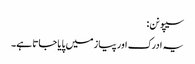
سیپو نن:
یہ ادرک اور پیاز میں پایا جاتا ہے۔